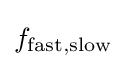
f_{\mathrm {fast,slow} }